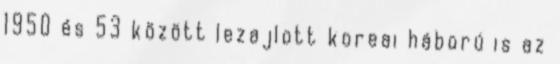
1950 és 53 között lezajlott koreai háború is az